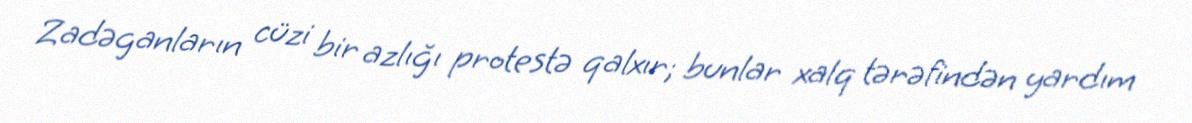
Zadəganların cüzi bir azlığı protestə qalxır; bunlar xalq tərəfindən yardım